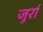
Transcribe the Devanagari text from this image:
जुर्रा